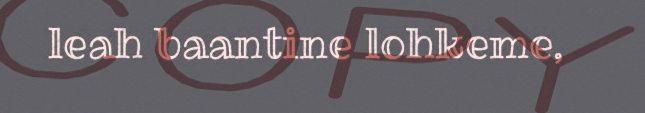
leah baantine lohkeme,